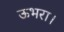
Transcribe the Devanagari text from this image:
ऊभरा।